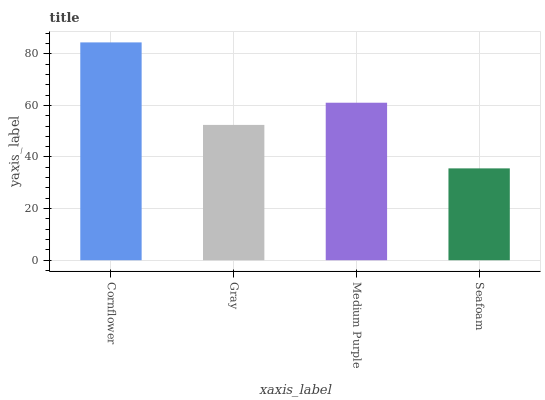
| xaxis_label | bars |
 | --- | --- |
 | Cornflower | 84.4 |
 | Gray | 52.4 |
 | Medium Purple | 61 |
 | Seafoam | 35.6 |